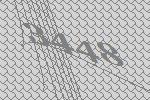
3448